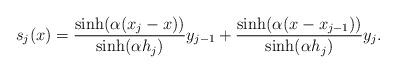
LaTeX: \begin{align*}s_j(x)= \dfrac{\sinh(\alpha(x_{j}-x))}{\sinh(\alpha h_j)}y_{j-1}+\dfrac{\sinh(\alpha(x- x_{j-1}))}{\sinh(\alpha h_j)}y_j.\end{align*}